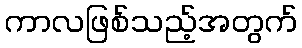
ကာလဖြစ်သည့်အတွက်